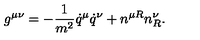
g ^ { \mu \nu } = - \frac { 1 } { m ^ { 2 } } \dot { q } ^ { \mu } \dot { q } ^ { \nu } + n ^ { \mu R } n _ { R } ^ { \nu } .